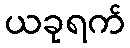
ယခုရက်